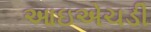
આઇએચડી